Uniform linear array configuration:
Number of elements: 8
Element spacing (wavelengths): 0.75
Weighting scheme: binomial
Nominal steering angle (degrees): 15
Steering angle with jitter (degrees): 14.476
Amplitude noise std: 0.05
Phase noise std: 0.05

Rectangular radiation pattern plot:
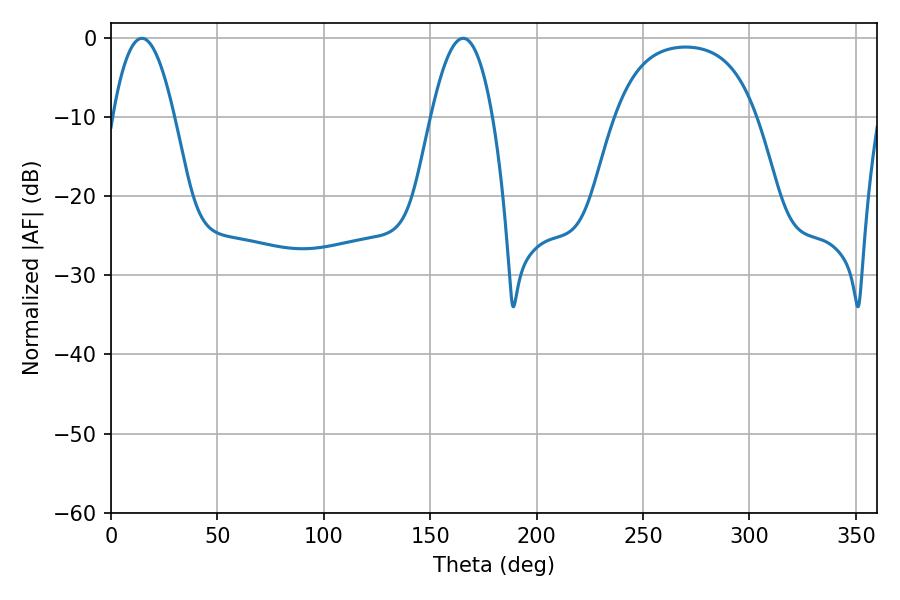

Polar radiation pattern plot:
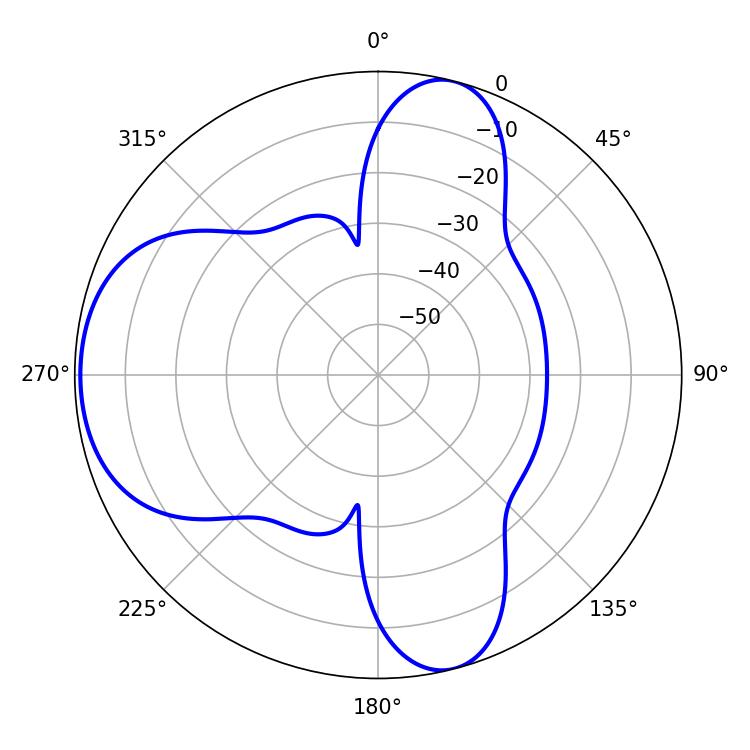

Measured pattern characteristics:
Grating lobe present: TRUE
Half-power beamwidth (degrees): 15.84
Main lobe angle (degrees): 14.58